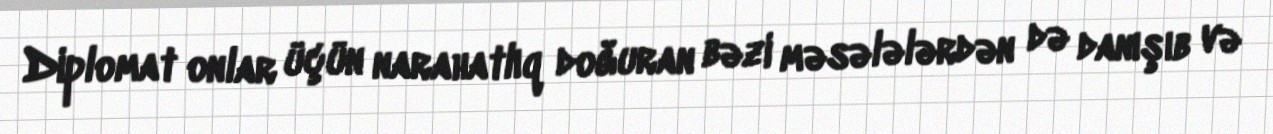
Diplomat onlar üçün narahatlıq doğuran bəzi məsələlərdən də danışıb və